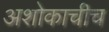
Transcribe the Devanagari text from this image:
अशोकाचीच